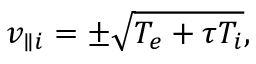
v _ { \parallel i } = \pm \sqrt { T _ { e } + \tau T _ { i } } ,